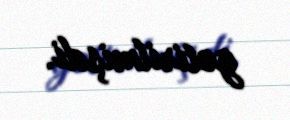
gətirilmişdi.